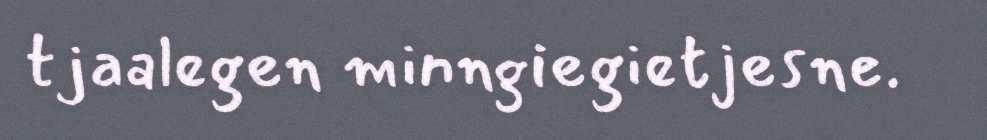
tjaalegen minngiegietjesne.